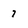
Character: 7